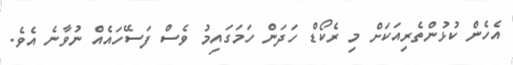
އެހެން ކުޅުންތެރިއަކަށް މި ރެކޯޑް ހަދަން ހަމަގައިމު ވެސް ފަސޭހައެއް ނުވާނެ އެވެ.